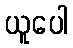
ယူပေါ